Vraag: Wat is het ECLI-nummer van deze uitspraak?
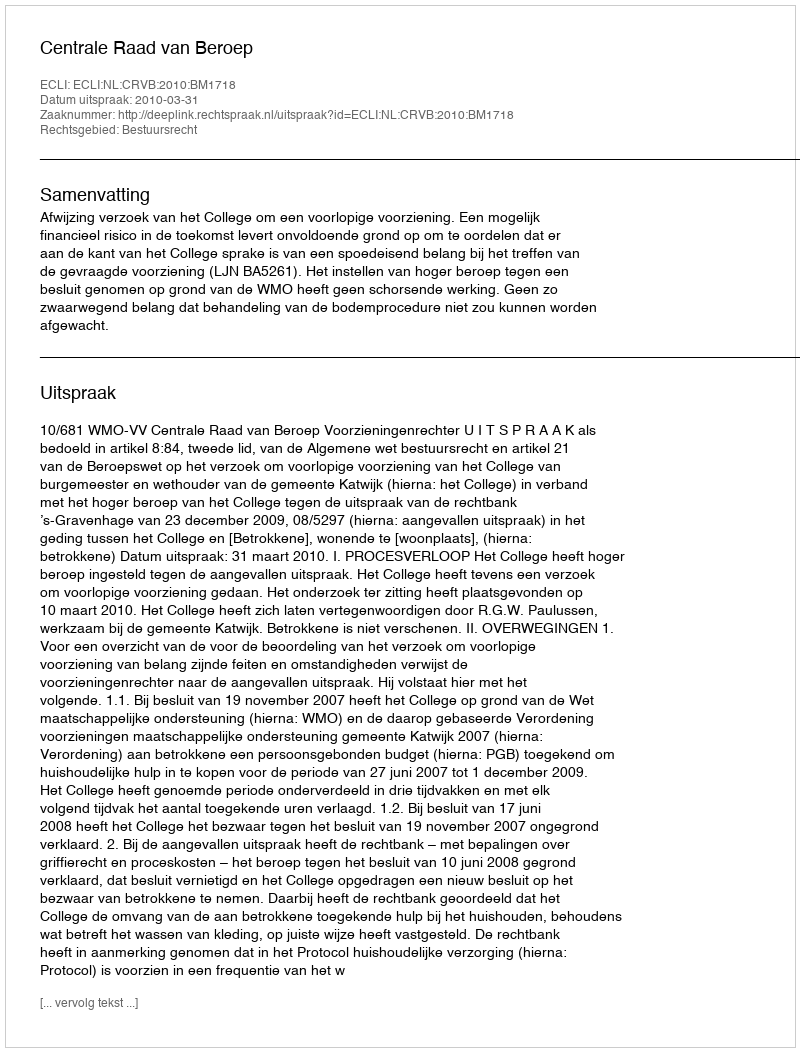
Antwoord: ECLI:NL:CRVB:2010:BM1718